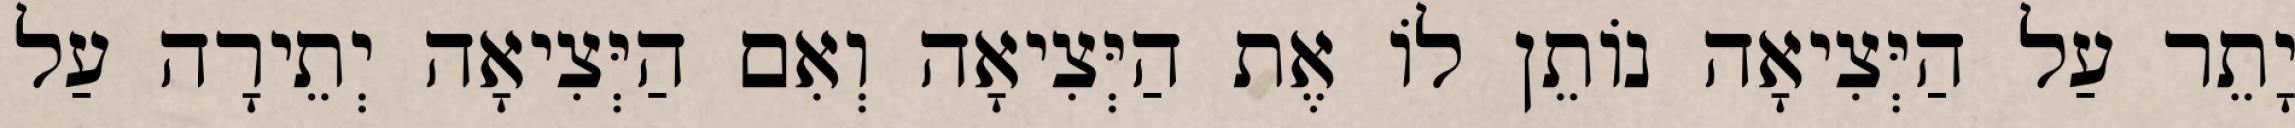
יָתֵר עַל הַיְּצִיאָה נוֹתֵן לוֹ אֶת הַיְּצִיאָה וְאִם הַיְּצִיאָה יְתֵירָה עַל